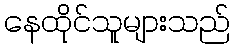
နေထိုင်သူများသည်